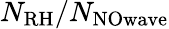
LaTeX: N_{\mathrm{RH}}/N_{\mathrm{NOwave}}